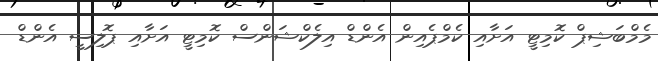
މެމްބަޝިޕް ކޮމިޓީ އަށާއި ކެމްޕެއިން އެންޑް އިލެކްޝަންސް ކޮމިޓީ އަށާއި ޕޮލިސީ އެންޑް